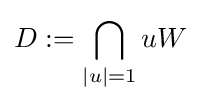
D:=\bigcap _{|u|=1}uW